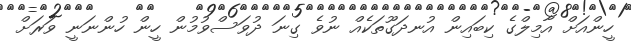
ހީންއަށް އާމިލްގެ ކިބައިން އުނދަގޫތަކެއް ނުވެ ގިނަ ދުވަސްވުމުން ހީން ހުންނަނީ ވަރަށް